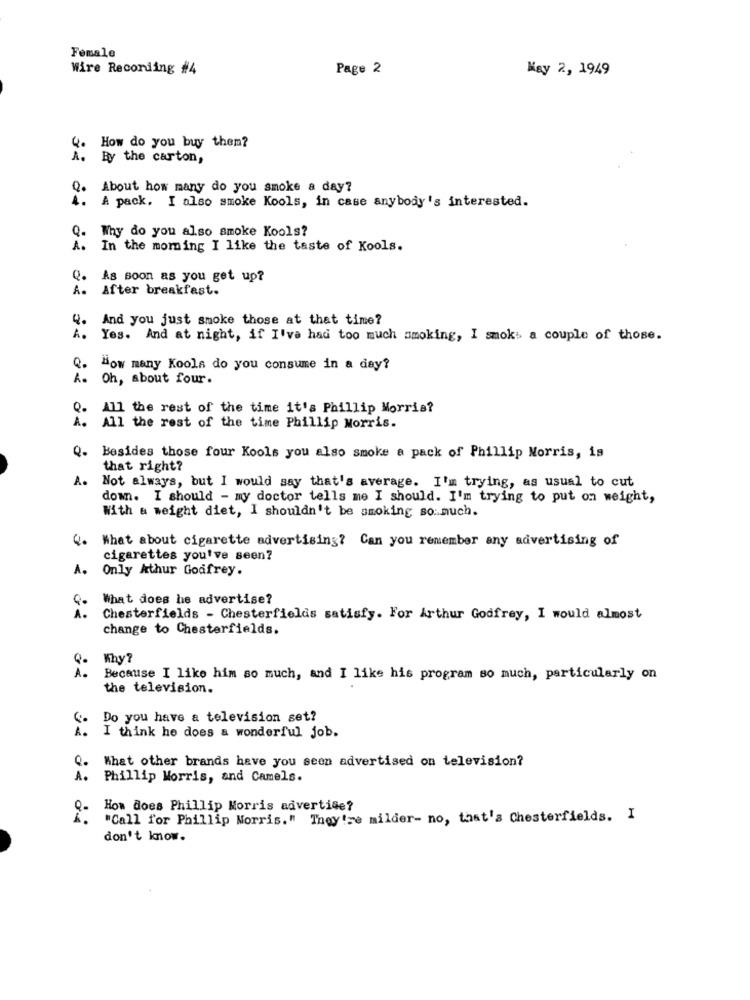
Female
Wire Recording #4
Page 2
May 2, 1949
How do you buy them?
4.
A.
By the carton,
Q.
About how many do you smoke a day?
4.
A pack. I also smoke Kools, in case anybody's interested.
Q.
Why do you also smoke Kools?
1 .
In the moming I like the taste of Kools.
Q. As soon as you get up?
A.
After breakfast.
4.
And you just smoke those at that time?
A. Yes. And at night, if I've had too much smoking, I smoks a couple of those.
Q.
How many Kools do you consume in a day?
A. Oh, about four.
Q.
All the rest of the time it's Phillip Morris?
A.
All the rest of the time Phillip Morris.
Q.
Besides those four Kools you also smoke a pack of Phillip Morris, is
that right?
A.
Not always, but I would say that's average. I'm trying, as usual to cut
down. I should - my doctor tells me I should. I'm trying to put on weight,
With & weight diet, I shouldn't be smoking so much.
4. What about cigarette advertising? Can you remember any advertising of
cigarettes you've seen?
A. Only Arthur Godfrey.
What does he advertise?
À.
Chesterfields - Chesterfields satisfy. For Arthur Godfrey, I would almost
change to Chesterfields.
Why ?
À .
Because I like him so much, and I like his program so much, particularly on
the television.
Do you have a television set?
I think he does a wonderful job.
Q.
What other brands have you seen advertised on television?
A .
Phillip Morris, and Camels.
How does Phillip Morris advertise?
"Call for Phillip Morris." They're milder- no, that's Chesterfields. I
don't know.